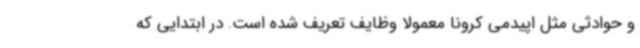
و حوادثی مثل اپیدمی کرونا معمولا وظایف تعریف شده است. در ابتدایی که